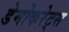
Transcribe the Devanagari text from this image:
डेमोकरेट्स